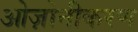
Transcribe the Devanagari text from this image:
ओज़ोनीकरण